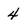
Character: 4